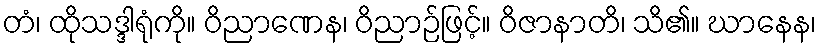
တံ၊ ထိုသဒ္ဒါရုံကို။ ဝိညာဏေန၊ ဝိညာဉ်ဖြင့်။ ဝိဇာနာတိ၊ သိ၏။ ဃာနေန၊